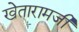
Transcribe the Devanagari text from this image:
खेतारामजी